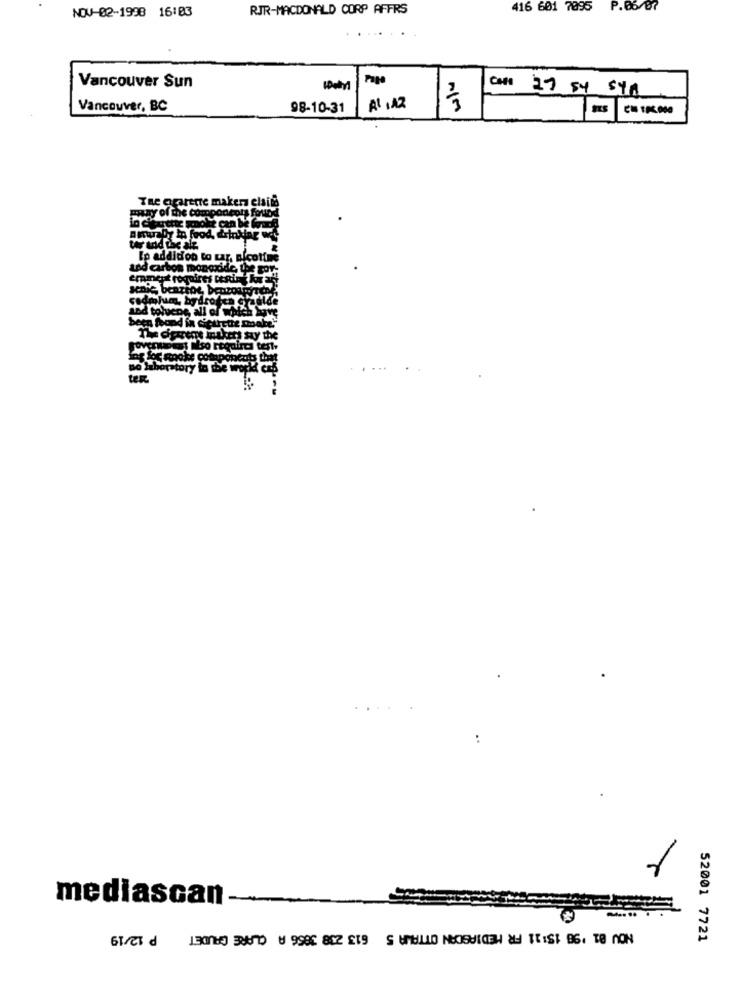
NOV-02-1998 16:03
RJR-MACDONALD CORP AFFRS
416 601 7095 P.06/07
Paga
Vancouver Sun
27 54 Syn
Vancouver, BC
98-10-31
The aparente makers elsite
PRAY Of me C
Topodepis forlod
phy ta food, drinking we
alz
Ip addition to tar, nicotine
and carbon monoxide the gov-
emmet requires tening kan
Led toluene, all of which have
been found in cictrethe make."
The cigrens makers say the
cut that
WER
..
mediascan
-
NOV 81 '98 15:11 FR MEDIASCAN OTTAWA 5 613 238 3856 A CLARE GAUDET P 12/19
52001 7721